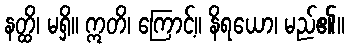
နတ္ထိ၊ မရှိ။ ဣတိ၊ ကြောင့်။ နိရယော၊ မည်၏။